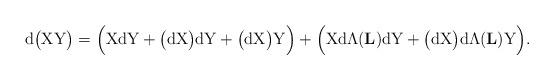
LaTeX: \begin{align*}\mathrm{d}\big(\mathrm{X}\mathrm{Y}\big)=\Big(\mathrm{X}\mathrm{d}\mathrm{Y}+ \big(\mathrm{d}\mathrm{X}\big)\mathrm{d}\mathrm{Y} +\big(\mathrm{d}\mathrm{X}\big) \mathrm{Y}\Big ) +\Big(\mathrm{X}\mathrm{d}\Lambda(\mathbf{L})\mathrm{d}\mathrm{Y}+ \big(\mathrm{d}\mathrm{X}\big)\mathrm{d}\Lambda(\mathbf{L})\mathrm{Y}\Big).\end{align*}